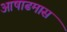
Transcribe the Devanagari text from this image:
आषाढमास